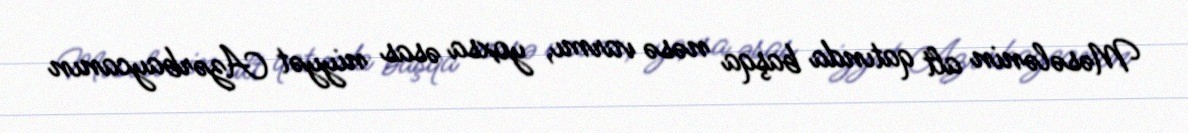
Məsələnin alt qatında başqa nəsə varmı, yoxsa əsas niyyət Azərbaycanın